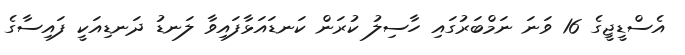
އެސްޑީޖީގެ 16 ވަނަ ނަމްބަރުގައި ހާސިލު ކުރަން ކަަނޑައަޅާފައިވާ ލަނޑު ދަނޑިއަކީ ފައިސާގެ